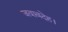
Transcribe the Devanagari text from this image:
जवाबदेह।